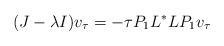
LaTeX: \begin{align*} (J-\lambda I)v_\tau=-\tau P_1L^*LP_1v_\tau\end{align*}